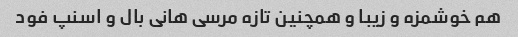
هم خوشمزه و زیبا و همچنین تازه مرسی هانی بال و اسنپ فود